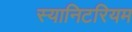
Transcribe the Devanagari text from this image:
स्यानिटरियम